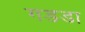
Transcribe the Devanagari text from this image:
गडडा